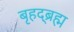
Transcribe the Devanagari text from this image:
बृहद्ब्रह्म